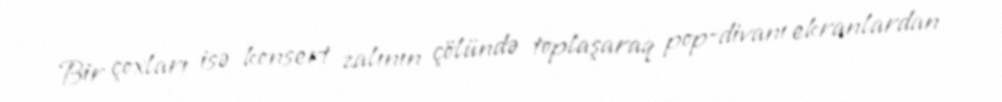
Bir çoxları isə konsert zalının çölündə toplaşaraq pop-divanı ekranlardan